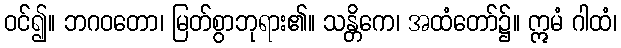
ဝင်၍။ ဘဂဝတော၊ မြတ်စွာဘုရား၏။ သန္တိကေ၊ အထံတော်၌။ ဣမံ ဂါထံ၊